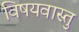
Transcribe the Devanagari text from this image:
विषयवास्तु